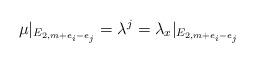
LaTeX: \begin{align*}\mu|_{E_{2,m+e_i -e_j}} = \lambda^j = \lambda_x|_{E_{2,m+e_i -e_j}} \end{align*}